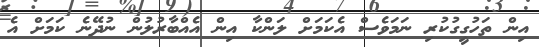
އިން ތަހުގީގުކުރި ނަމަވެސް އެކަމަށް ލަންކާ އިން އެއްބާރުލުން ނުދޭނެ ކަމަށް އެ